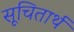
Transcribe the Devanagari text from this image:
सूचितार्थ